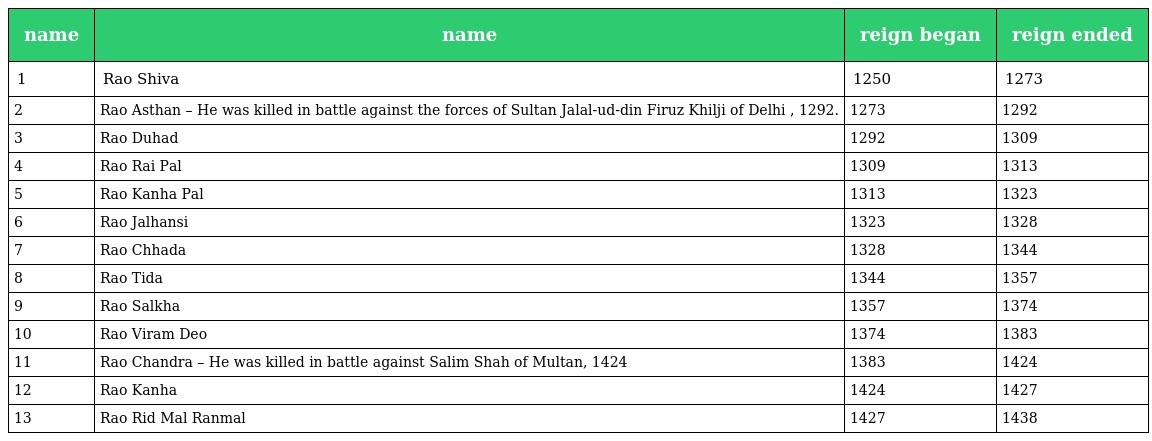
| name | name | reign began | reign ended |
 | --- | --- | --- | --- |
 | 1 | Rao Shiva | 1250 | 1273 |
 | 2 | Rao Asthan – He was killed in battle against the forces of Sultan Jalal-ud-din Firuz Khilji of Delhi , 1292. | 1273 | 1292 |
 | 3 | Rao Duhad | 1292 | 1309 |
 | 4 | Rao Rai Pal | 1309 | 1313 |
 | 5 | Rao Kanha Pal | 1313 | 1323 |
 | 6 | Rao Jalhansi | 1323 | 1328 |
 | 7 | Rao Chhada | 1328 | 1344 |
 | 8 | Rao Tida | 1344 | 1357 |
 | 9 | Rao Salkha | 1357 | 1374 |
 | 10 | Rao Viram Deo | 1374 | 1383 |
 | 11 | Rao Chandra – He was killed in battle against Salim Shah of Multan, 1424 | 1383 | 1424 |
 | 12 | Rao Kanha | 1424 | 1427 |
 | 13 | Rao Rid Mal Ranmal | 1427 | 1438 |